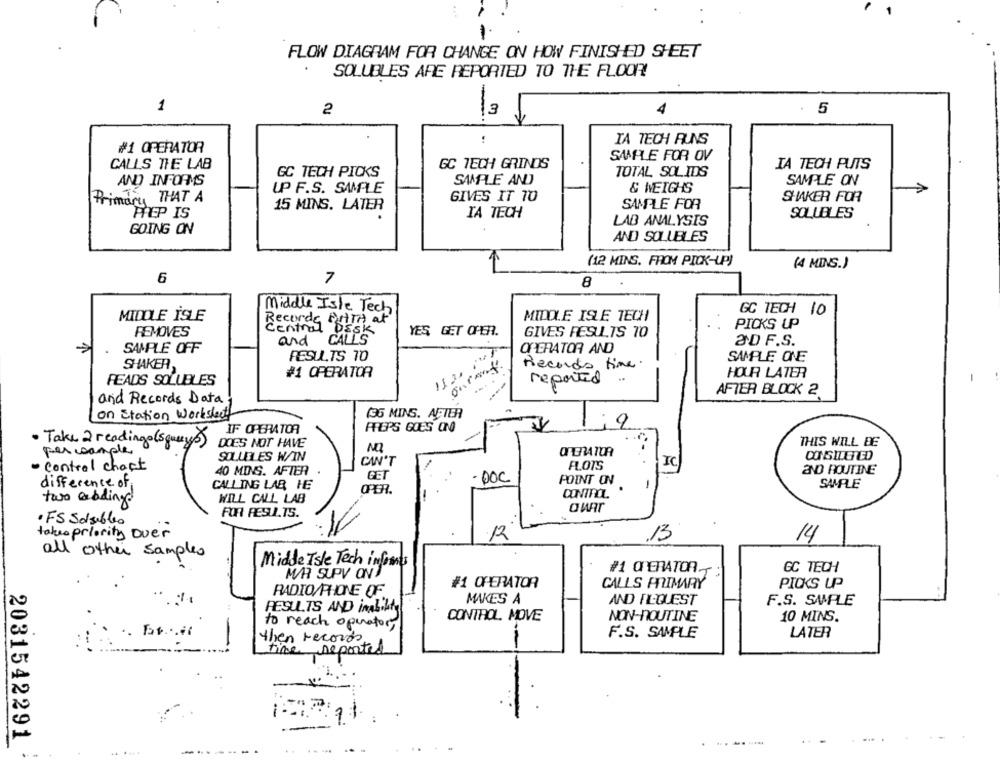
-
FLOW DIAGRAM FOR CHANGE ON HOW FINISHED SHEET
SOLUBLES ARE REPORTED TO THE FLOOR!
1
2
3
5
-
TA TECH RUNS
#1 OPERATOR
SAMPLE FOR OV
CALLS THE LAB
GC TECH GRINDS
IA TECH PUTS
GC TECH PICKS
TOTAL SOLIDS
AND INFORMS
SAMPLE AND
SAMPLE ON
UP F.S. SAMPLE
& WEIGHS
Primary THAT A
GIVES IT 10
SHAKER FOR
15 MINS. LATER
SAMPLE FOR
PREP IS
IA TECH
SOLUBLES
LAB ANALYSIS
GOING ON
AND SOLUBLES
(12 MINS. FROM PICK-UP)
1
(4 MINS.)
6
7
8
Middle Isle Tech
GC TECH 10
MIDOLE İSLE
Recorde Print at
MIDOLE ISLE TECH
PICKS UP
REMOVES
Central DESK
is
YES GET OFER.
GIVES RESULTS TO
and
CALLS
OD F.S.
SAMPLE OFF
OPERATOR AND
RESULTS 10
1121 ;
SAMPLE ONE
SHAKER,
ourant.
Records time.
#1 OPERATOR
HOUR LATER
PEADS SOLUBLES
reported
..
AFTER BLOCK 2
and Records Data
on Station Workslect
(35 MINS. AFTER
IF OPERATOR
FREPS GOES ON
19
9
· Take 2 readings (squerys)
DOES NOT HAVE
THIS WILL BE
per sample
SOLLELES W/IN
·control chart
CAN'T
FLOTS
IC
40 MINS. AFTER
aND ROUTINE
GET
DOC
POINT ON
difference of
CALLING LAR HE
SAMPLE
OPER.
CONTROL
two cabling
WILL CALL LAB
FOR RESULTS.
· FS Solubles
takes priority over
12
13
14
all other samples
Middle Isle Tech informes
M/R SUPV ONJ
#1 OPERATOR
GC TECH
#1 CHERATOR
CALLS PRIMARY
PICKS UP
RADIO/PHIONE OF.
MAKES A
AND FIL-QUEST
F.S. SAMPLE
RESULTS AND imALLA
CONTROL. MOVE
NON-ROUTINE
10 MINS.
to reach operator,
F.S. SAMPLE
LATER
then records
time reported
2031542291